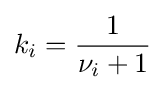
k_{i}={\frac {1}{\nu _{i}+1}}